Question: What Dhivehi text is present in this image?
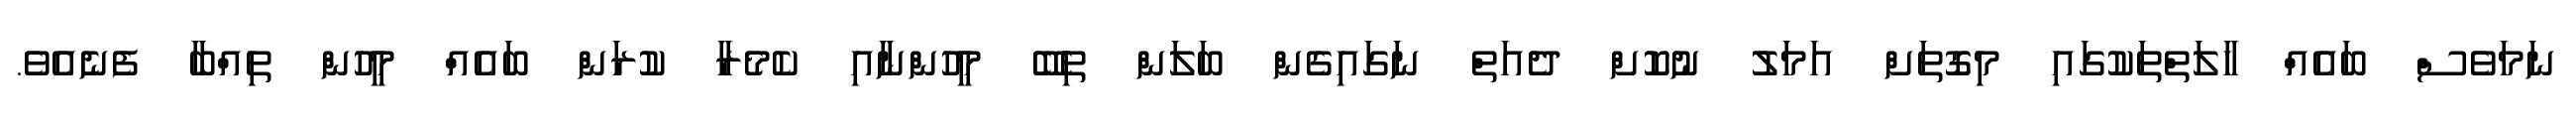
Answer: ނަމަވެސް ބައެއް ހާލަތްތަކުގައި މިގޮތަށް އަމަލު ނުކޮށް ދެއަތް ނަގައިގެން ބަލަން ތިބޭ މީހުންނާއި ކެމެރާ ކުރަން ބައެއް މީހުން ތިއްބާ ފެނެއެވެ.